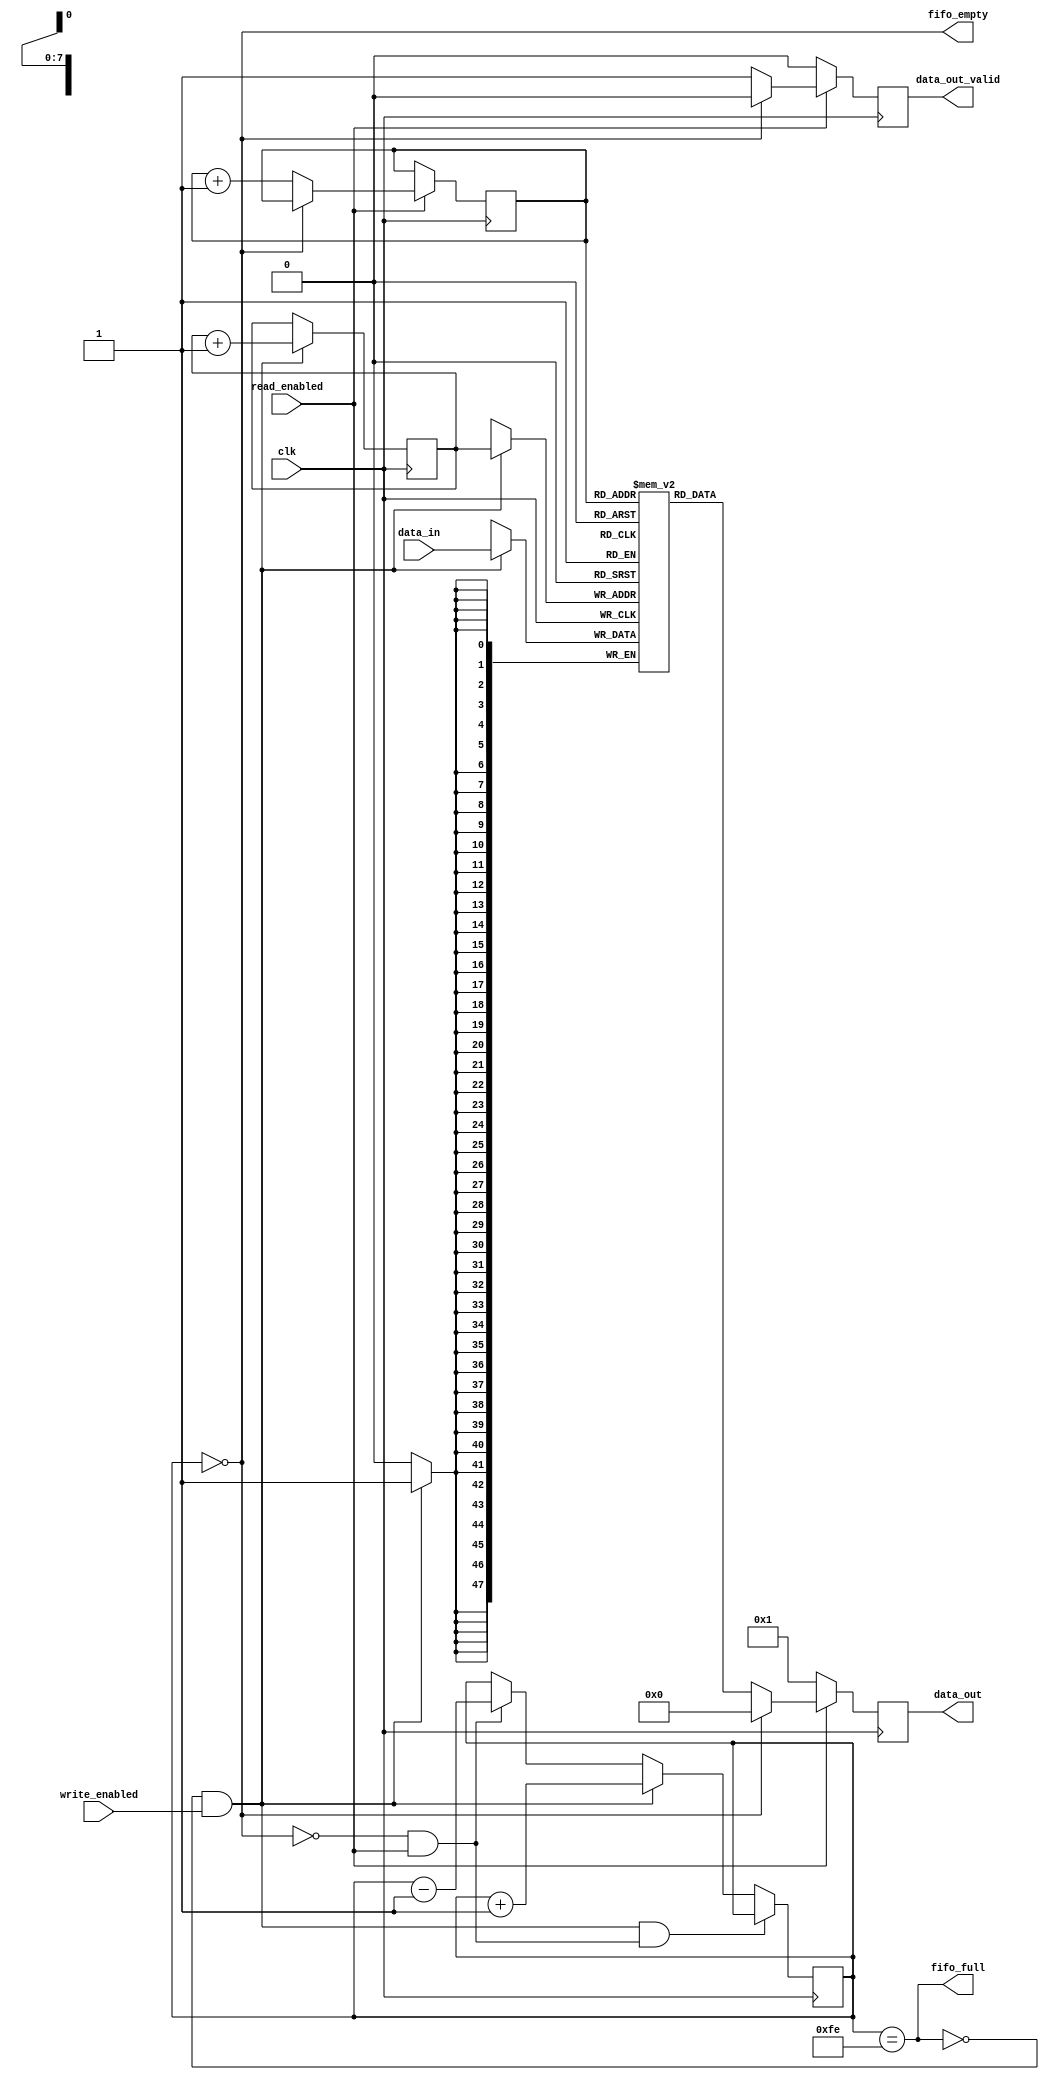
module fifo #(parameter DATA_WIDTH = 48,
              parameter ADDRESS_WIDTH = 8,
              parameter MAX_ENTRIES = 255)
(
    input wire clk,
    
    input wire[DATA_WIDTH - 1:0] data_in,
    output reg[DATA_WIDTH - 1:0] data_out,
    input wire write_enabled,
    input wire read_enabled,
    output reg fifo_empty,
    output reg fifo_full,
    output reg data_out_valid
);

reg[ADDRESS_WIDTH-1:0] fifo_counter = {(ADDRESS_WIDTH){1'b0}};

// Storage with MAX_ENTRIES unique entries with
// each entry having DATA_WIDTH bits of storage.
reg[DATA_WIDTH - 1:0] memory[0:MAX_ENTRIES - 1];
reg[ADDRESS_WIDTH - 1:0] write_pointer = {(ADDRESS_WIDTH){1'b0}};
reg[ADDRESS_WIDTH - 1:0] read_pointer = {(ADDRESS_WIDTH){1'b0}};


always @(fifo_counter)
begin : UPDATE_FLAGS
   fifo_empty = (fifo_counter==0);
   fifo_full = (fifo_counter == MAX_ENTRIES - 1);
end

always @(posedge clk)
begin : UPDATE_FIFO_COUNTER
   fifo_counter <= fifo_counter;

   if((!fifo_full && write_enabled) && (!fifo_empty && read_enabled)) begin
        fifo_counter <= fifo_counter;
   end else if(!fifo_full && write_enabled) begin
        fifo_counter <= fifo_counter + 1'b1;
   end else if(!fifo_empty && read_enabled) begin
       fifo_counter <= fifo_counter - 1'b1;
   end
end


always @(posedge clk)
begin : READ_DATA_IN
	if(write_enabled && !fifo_full) begin
      // If a write has been requested and we
      // have space, store the data
      memory[write_pointer] <= data_in;
   end
end

always @(posedge clk)
begin
   write_pointer <= write_pointer;
   read_pointer <= read_pointer;

   if (!fifo_full && write_enabled) begin
      write_pointer <= write_pointer + 1'b1;
   end

   if (read_enabled) begin
      if (fifo_empty) begin
         data_out <= 48'b0;
         data_out_valid <= 1'b0;
      end else begin
         // Set data_out if a read was requested
         // and we have data to provide.
         data_out <= memory[read_pointer];
         read_pointer <= read_pointer + 1'b1;
         data_out_valid <= 1'b1;
      end
   end else begin
      data_out <= 48'b1;
      data_out_valid <= 1'b0;
   end
end

endmodule